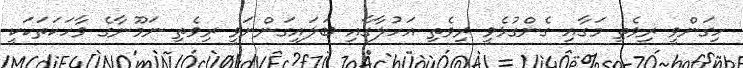
ހިގަންވީ ރިވެތި މަގާއި ގެންގުޅެވީ ރިވެތި އަހުލާގާއި ބަލައިގަންނަވީ ރިވެތި ނަމޫނާގެ ވާހަކަތަކަކީ